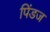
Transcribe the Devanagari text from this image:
पिंडज